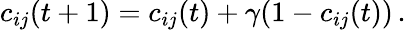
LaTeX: c_{ij}(t+1)=c_{ij}(t)+\gamma(1-c_{ij}(t))\, .